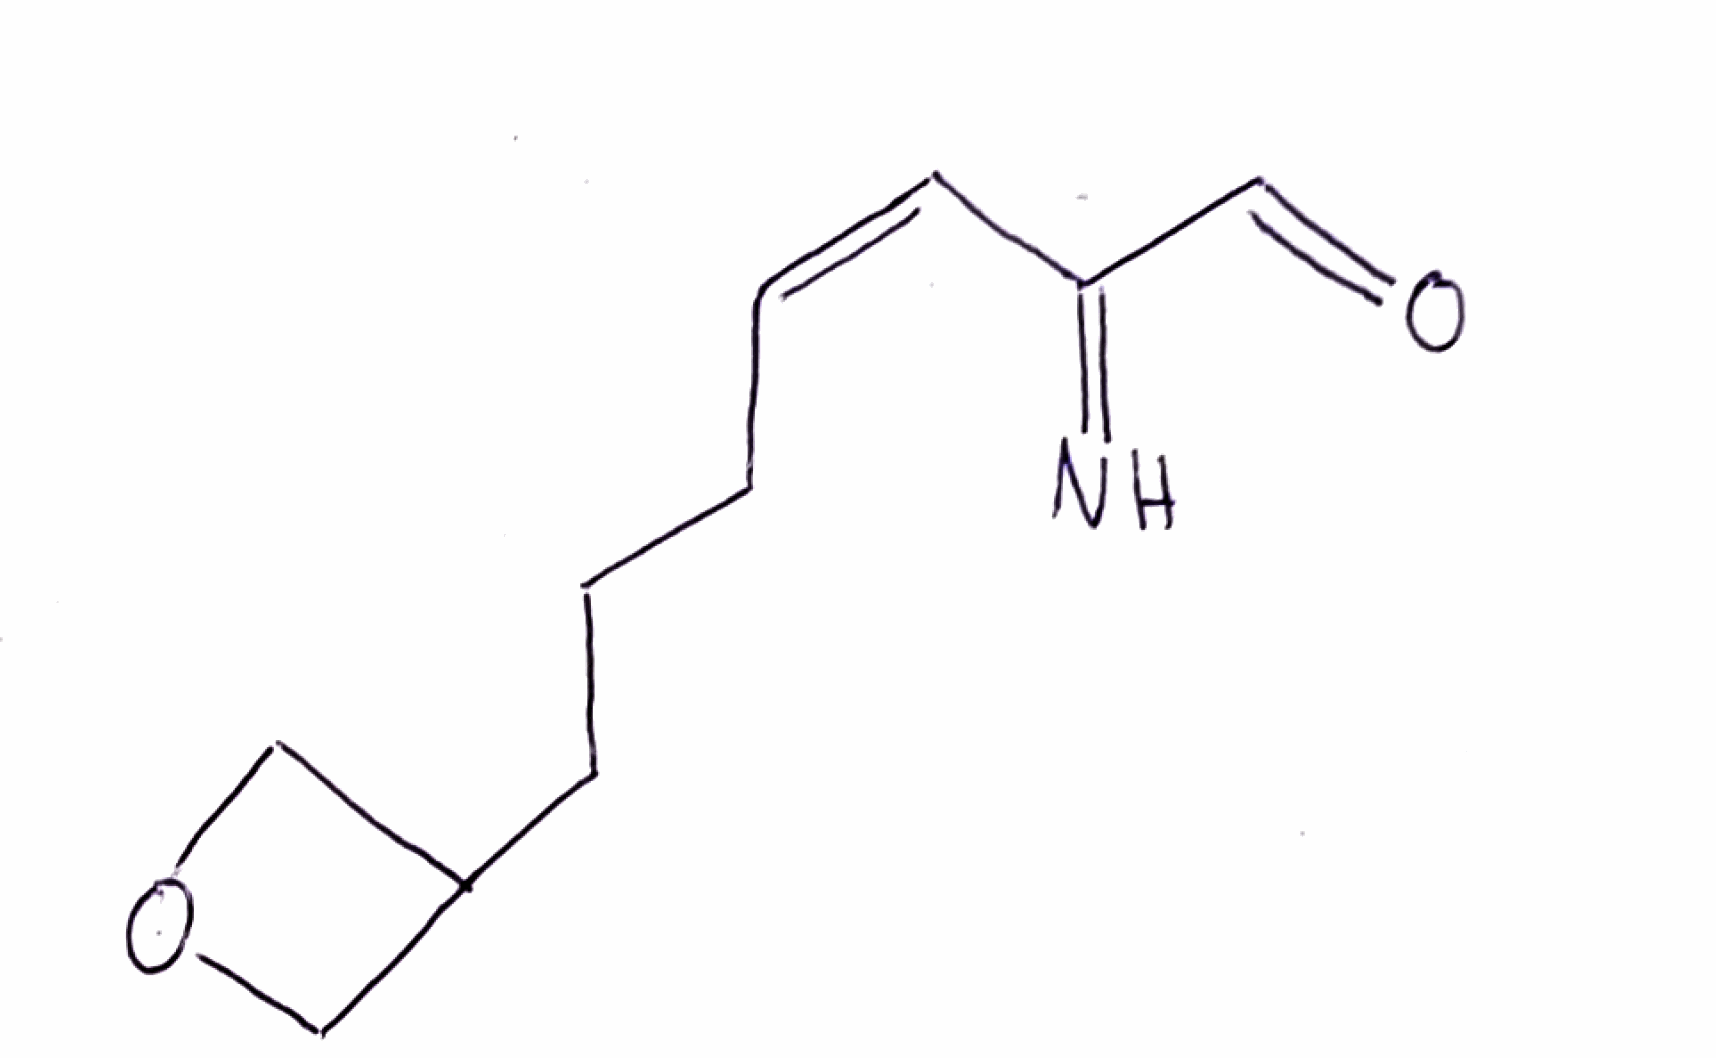
Simplified molecular-input line-entry system (SMILES) notation of the given molecule:
C1C(CO1)CCC/C=C\C(=N)C=O